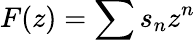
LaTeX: F(z)=\sum{s_{n}z^{n}}